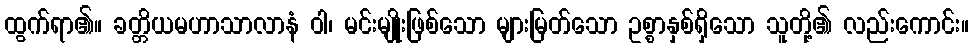
ထွက်ရာ၏။ ခတ္တိယမဟာသာလာနံ ဝါ၊ မင်းမျိုးဖြစ်သော များမြတ်သော ဥစ္စာနှစ်ရှိသော သူတို့၏ လည်းကောင်း။